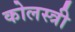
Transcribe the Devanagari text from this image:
कोलस्त्री